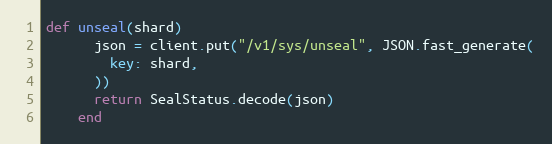
Language: Ruby
def unseal(shard)
      json = client.put("/v1/sys/unseal", JSON.fast_generate(
        key: shard,
      ))
      return SealStatus.decode(json)
    end